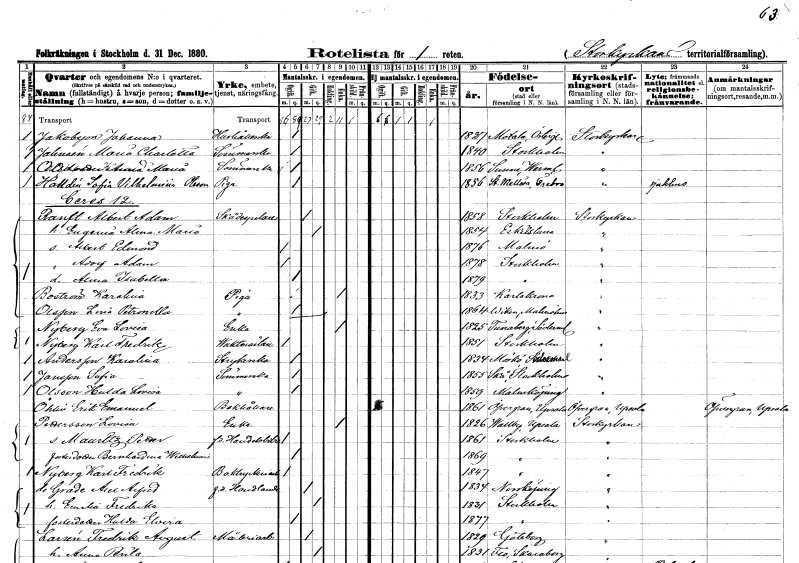
gt_parse: households: individuals: FN: Johanna
EN: Jakobsson
YRKE: Hushållerska
KON: K
CIV: O
FODAR: 1827
FODFORS: Motala Östergötlands län
FN: Maria Charlotta
EN: Johansén
YRKE: Sömmerska
KON: K
CIV: O
FODAR: 1840
FODFORS: Stockholm
FN: Anna Maria
EN: Olsdotter
YRKE: Sömmerska
KON: K
CIV: O
FODAR: 1856
FODFORS: Sunne Värmlands län
FN: Sofia Vilhelmina
EN: Halldin Olsson
YRKE: Piga
KON: K
CIV: O
FODAR: 1856
FODFORS: Stora Mellösa Örebro län
FN: Albert Adam
EN: Randt
YRKE: Skådespelare
KON: M
CIV: G
FODAR: 1858
FODFORS: Stockholm
FN: Eugenia Alma Maria
KON: K
CIV: G
FODAR: 1854
FODFORS: Eskilstuna Södermanlands län
FN: Albert Edmond
KON: M
CIV: O
FODAR: 1876
FODFORS: Malmö Malmöhus län
FN: Adolf Adam
KON: M
CIV: O
FODAR: 1878
FODFORS: Stockholm
FN: Alma Isabella
KON: K
CIV: O
FODAR: 1879
FODFORS: Stockholm
FN: Karolina
EN: Boström
YRKE: Piga
KON: K
CIV: E
FODAR: 1833
FODFORS: Karlskrona Blekinge län
FN: Leria Petronella
EN: Olsson
YRKE: Piga
KON: K
CIV: O
FODAR: 1864
FODFORS: Viken Malmöhus län
FN: Eva Lovisa
EN: Nyberg
YRKE: Änka
KON: K
CIV: E
FODAR: 1825
FODFORS: Tunaberg Södermanlands län
FN: Karl Fredrik
EN: Nyberg
YRKE: Vaktmästare
KON: M
CIV: O
FODAR: 1851
FODFORS: Stockholm
FN: Karolina
EN: Andersson
YRKE: Strykerska
KON: K
CIV: O
FODAR: 1834
FODFORS: Mörkö Stockholms län
FN: Sofia
EN: Jansson
YRKE: Sömmerska
KON: K
CIV: O
FODAR: 1855
FODFORS: Skå Stockholms län
FN: Hulda Sofia
EN: Olsson
YRKE: Sömmerska
KON: K
CIV: O
FODAR: 1859
FODFORS: Malmköping Södermanlands län
FN: Erik Emanuel
EN: Öhlin
YRKE: Bokhållare
KON: M
CIV: O
FODAR: 1861
FODFORS: Övergran Uppsala län
FN: Lovisa
EN: Pettersson
YRKE: Änka
KON: K
CIV: E
FODAR: 1826
FODFORS: Vallby Uppsala län
FN: Mauritz Petter
YRKE: Handelsbiträde f.d.
KON: M
CIV: O
FODAR: 1861
FODFORS: Stockholm
FN: Bernhardina Wilhelmina
KON: K
CIV: O
FODAR: 1869
FODFORS: Stockholm
FN: Karl Fredrik
EN: Nyberg
YRKE: Boktryckeriarbetare
KON: M
CIV: O
FODAR: 1847
FODFORS: Stockholm
FN: Axel Alfred
EN: de Grade
YRKE: Handlande f.d.
KON: M
CIV: G
FODAR: 1834
FODFORS: Norrköping Östergötlands län
FN: Emilia Fredrika
KON: K
CIV: G
FODAR: 1831
FODFORS: Stockholm
FN: Hulda Elvira
KON: K
CIV: O
FODAR: 1877
FODFORS: Stockholm